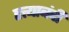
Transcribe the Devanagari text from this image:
हत्त्याबंदी